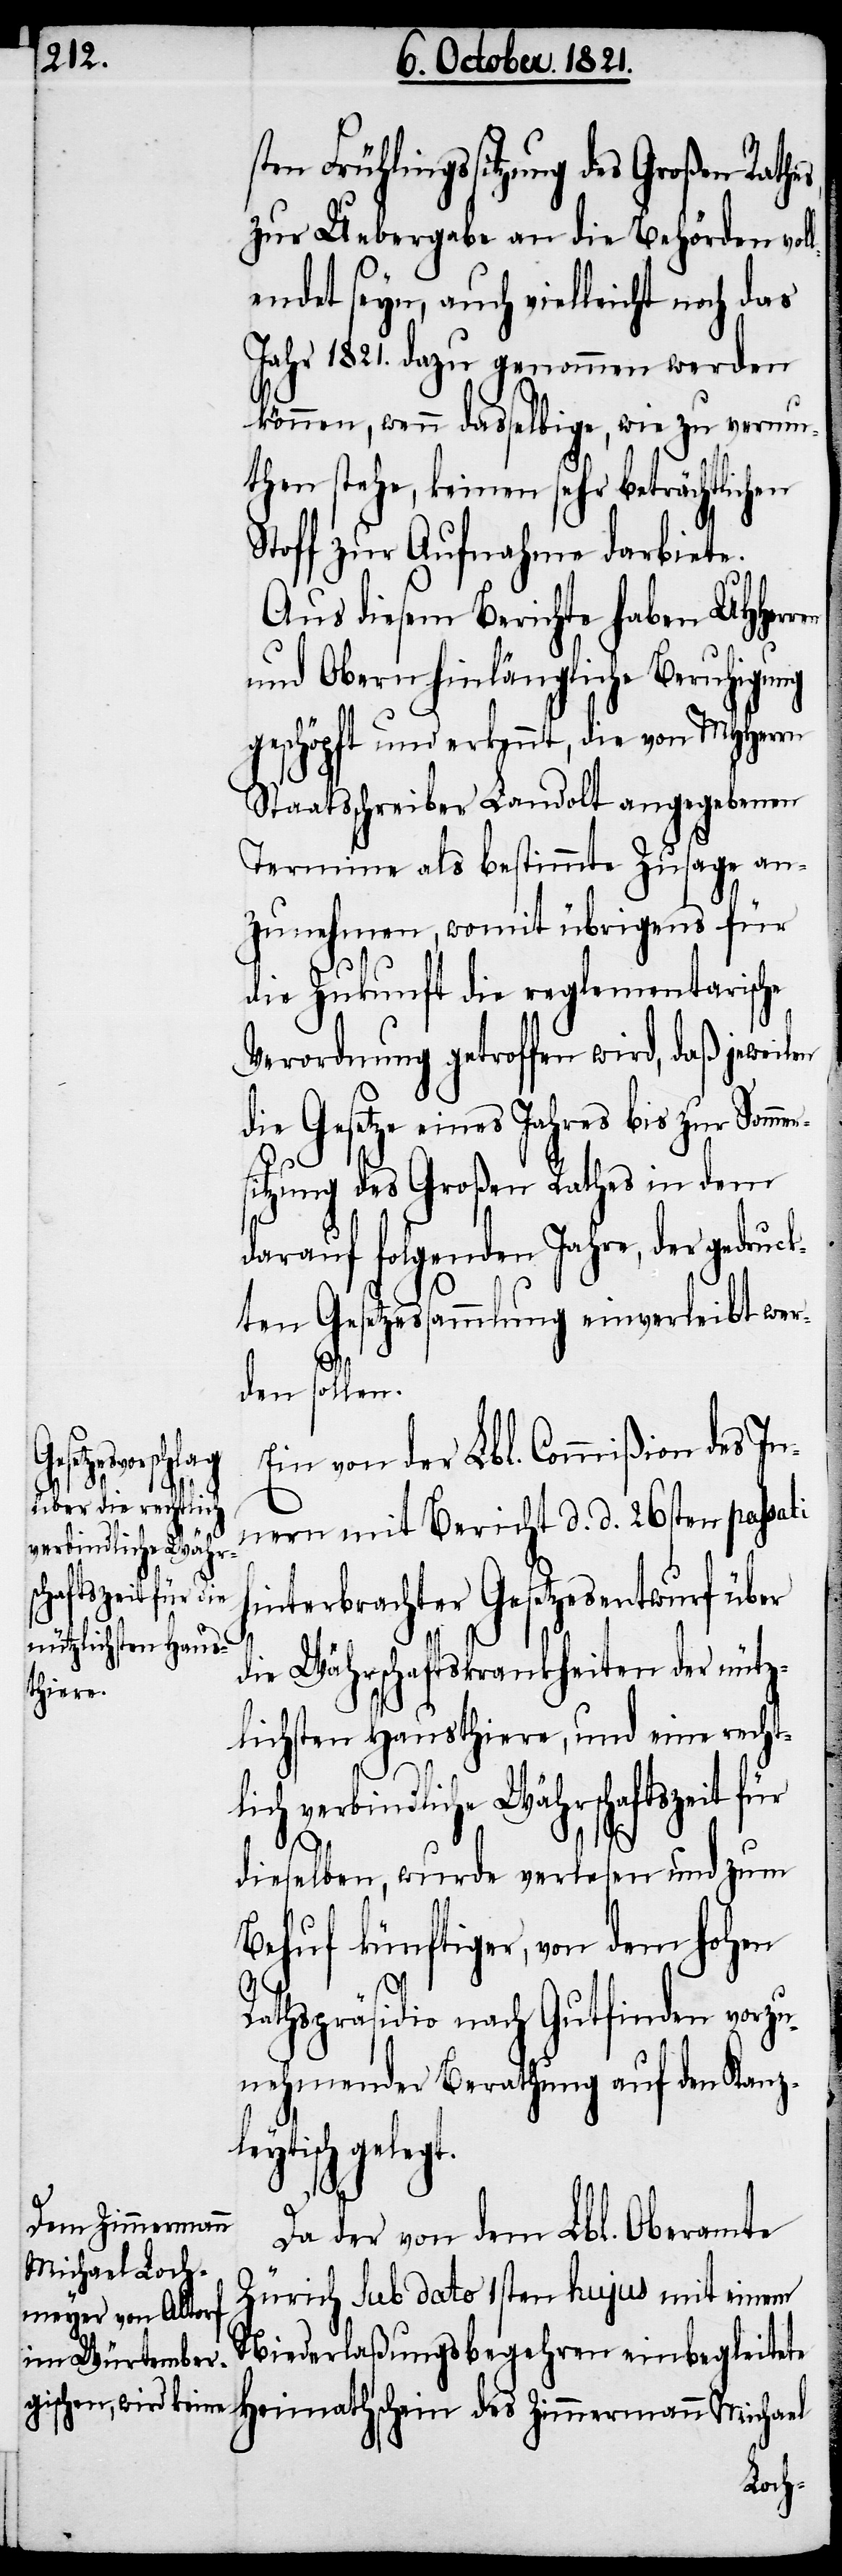
ten Frühlingssitzung des Großen Rathe¬
zur Uebergabe an die Behörden vol¬
lendet seyn, auch vielleicht noch das
Jahr 1821. dazu genommen werden
können, wenn dasselbige, wie zu vermu¬
ten stehe, keinen sehr beträchtlichen
Stoff zur Aufnahme darbiete.
Aus diesem Berichte haben UHHerr¬
und Obern hinlängliche Beruhigung
geschöpft und erkennt, die von MHHerrn
Staatsschreiber Landolt angegebenen
Termine als bestimmte Zusage an¬
zunehmen, womit übrigens für
die Zukunft die reglementarische
Verordnung getroffen wird, daß jeweilen
die Gesetze eines Jahres bis zur Somm¬
itzung des Großen Rathes in dem
darauf folgenden Jahre, der gedruc¬
kten Gesetzessammlung einverleibt wer¬
den sollen.
Ein von der Lbl. Commißion des In¬
verwiesen.-a
nern mit Bericht d. d. 26sten passati
verbindliche Währs¬
chaftszeit für
hinterbrachter Gesetzesentwurf über
die Währschaftskrankheiten der nütz¬
lichsten Hausthiere, und eine rechtl¬
Heimathschein
dieselben, wurde verlesen und zum
Behuf künftiger, von dem hohen
ich
Rathspräsidio nach Gutfinden vorzu¬
nehmender Berathung auf den Kanz¬
des Zimmermann
Da der von dem Lbl. Oberamte
Zürich sub dato 1sten hujus mit einem
Niederlaßungsbegehren einbegleitete
Joh.